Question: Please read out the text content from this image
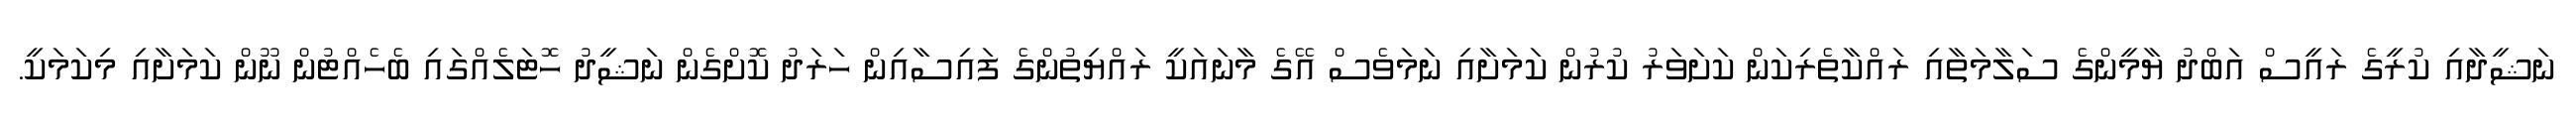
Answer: ނަޝީދާއި ކުރީގެ ރައީސް އަބްދު ޔާމީންގެ ސަލާމަތާއި ރައްކާތެރިކަން ކަށަވަރު ކުރުން ކަމަށާއި ނަމަވެސް އޭގެ މާނައަކީ ރައްޔިތުންގެ ފައިސާއިން ހަރަދު ކޮށްގެން ނަޝީދު ހޮޓަލެއްގައި ބެހެއްޓުން ނޫން ކަމަށާއި މިކަމަކީ.